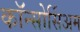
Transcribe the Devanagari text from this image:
कॉन्सोर्सिअम